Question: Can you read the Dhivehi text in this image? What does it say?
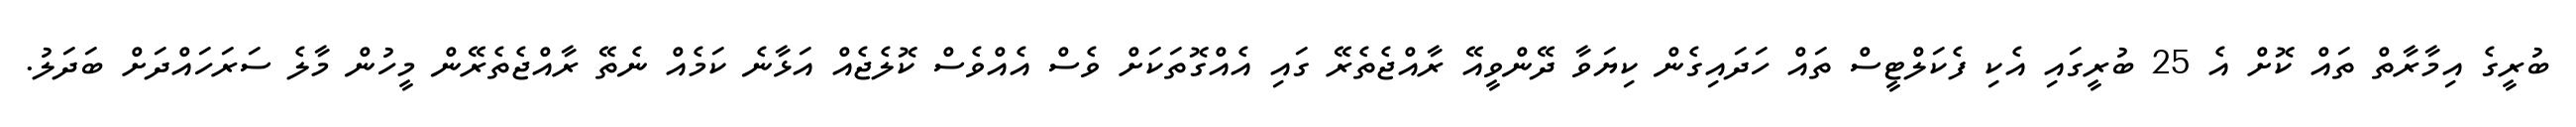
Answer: ބުރީގެ އިމާރާތް ތައް ކޮށް އެ 25 ބުރީގައި އެކި ފެކަލްޓީސް ތައް ހަދައިގެން ކިޔަވާ ދޭންވީއޭ ރާއްޖެތެރޭ ގައި އެއްގޮތަކަށް ވެސް އެއްވެސް ކޮލެޖެއް އަޅާނެ ކަމެއް ނެތޭ ރާއްޖެތެރޭން މީހުން މާލެ ސަރަހައްދަށް ބަދަލު.